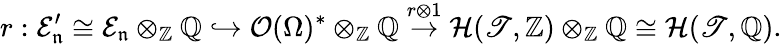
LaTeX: r:\mathcal{E}_{\mathfrak{n}}^{\prime}\cong\mathcal{E}_{\mathfrak{n}}\otimes_{\mathbb{Z}}\mathbb{Q}\hookrightarrow\mathcal{O}(\Omega)^{\ast}\otimes_{\mathbb{Z}}\mathbb{Q}\overset{r\otimes 1}{\rightarrow}\mathcal{H}(\mathscr{T},\mathbb{Z})\otimes_{\mathbb{Z}}\mathbb{Q}\cong\mathcal{H}(\mathscr{T},\mathbb{Q}).